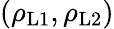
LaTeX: (\rho_{\mathrm{L1}},\rho_{\mathrm{L2}})